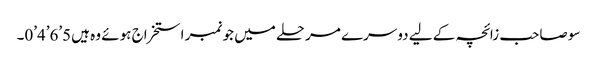
سو صاحب زائچہ کے لیے دوسرے مرحلے میں جو نمبر استخراج ہوئے وہ ہیں5’6’4’0۔